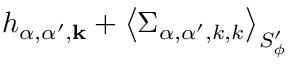
h _ { \alpha , \alpha ^ { \prime } , \mathbf { k } } + \left< \Sigma _ { \alpha , \alpha ^ { \prime } , { k } , { k } } \right> _ { S _ { \phi } ^ { \prime } }